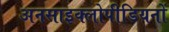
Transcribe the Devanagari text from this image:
अनसाइक्लोपीडियनों